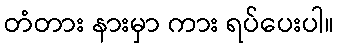
တံတား နားမှာ ကား ရပ်ပေးပါ။